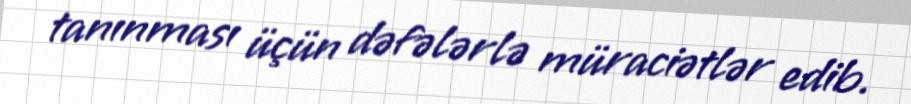
tanınması üçün dəfələrlə müraciətlər edib.